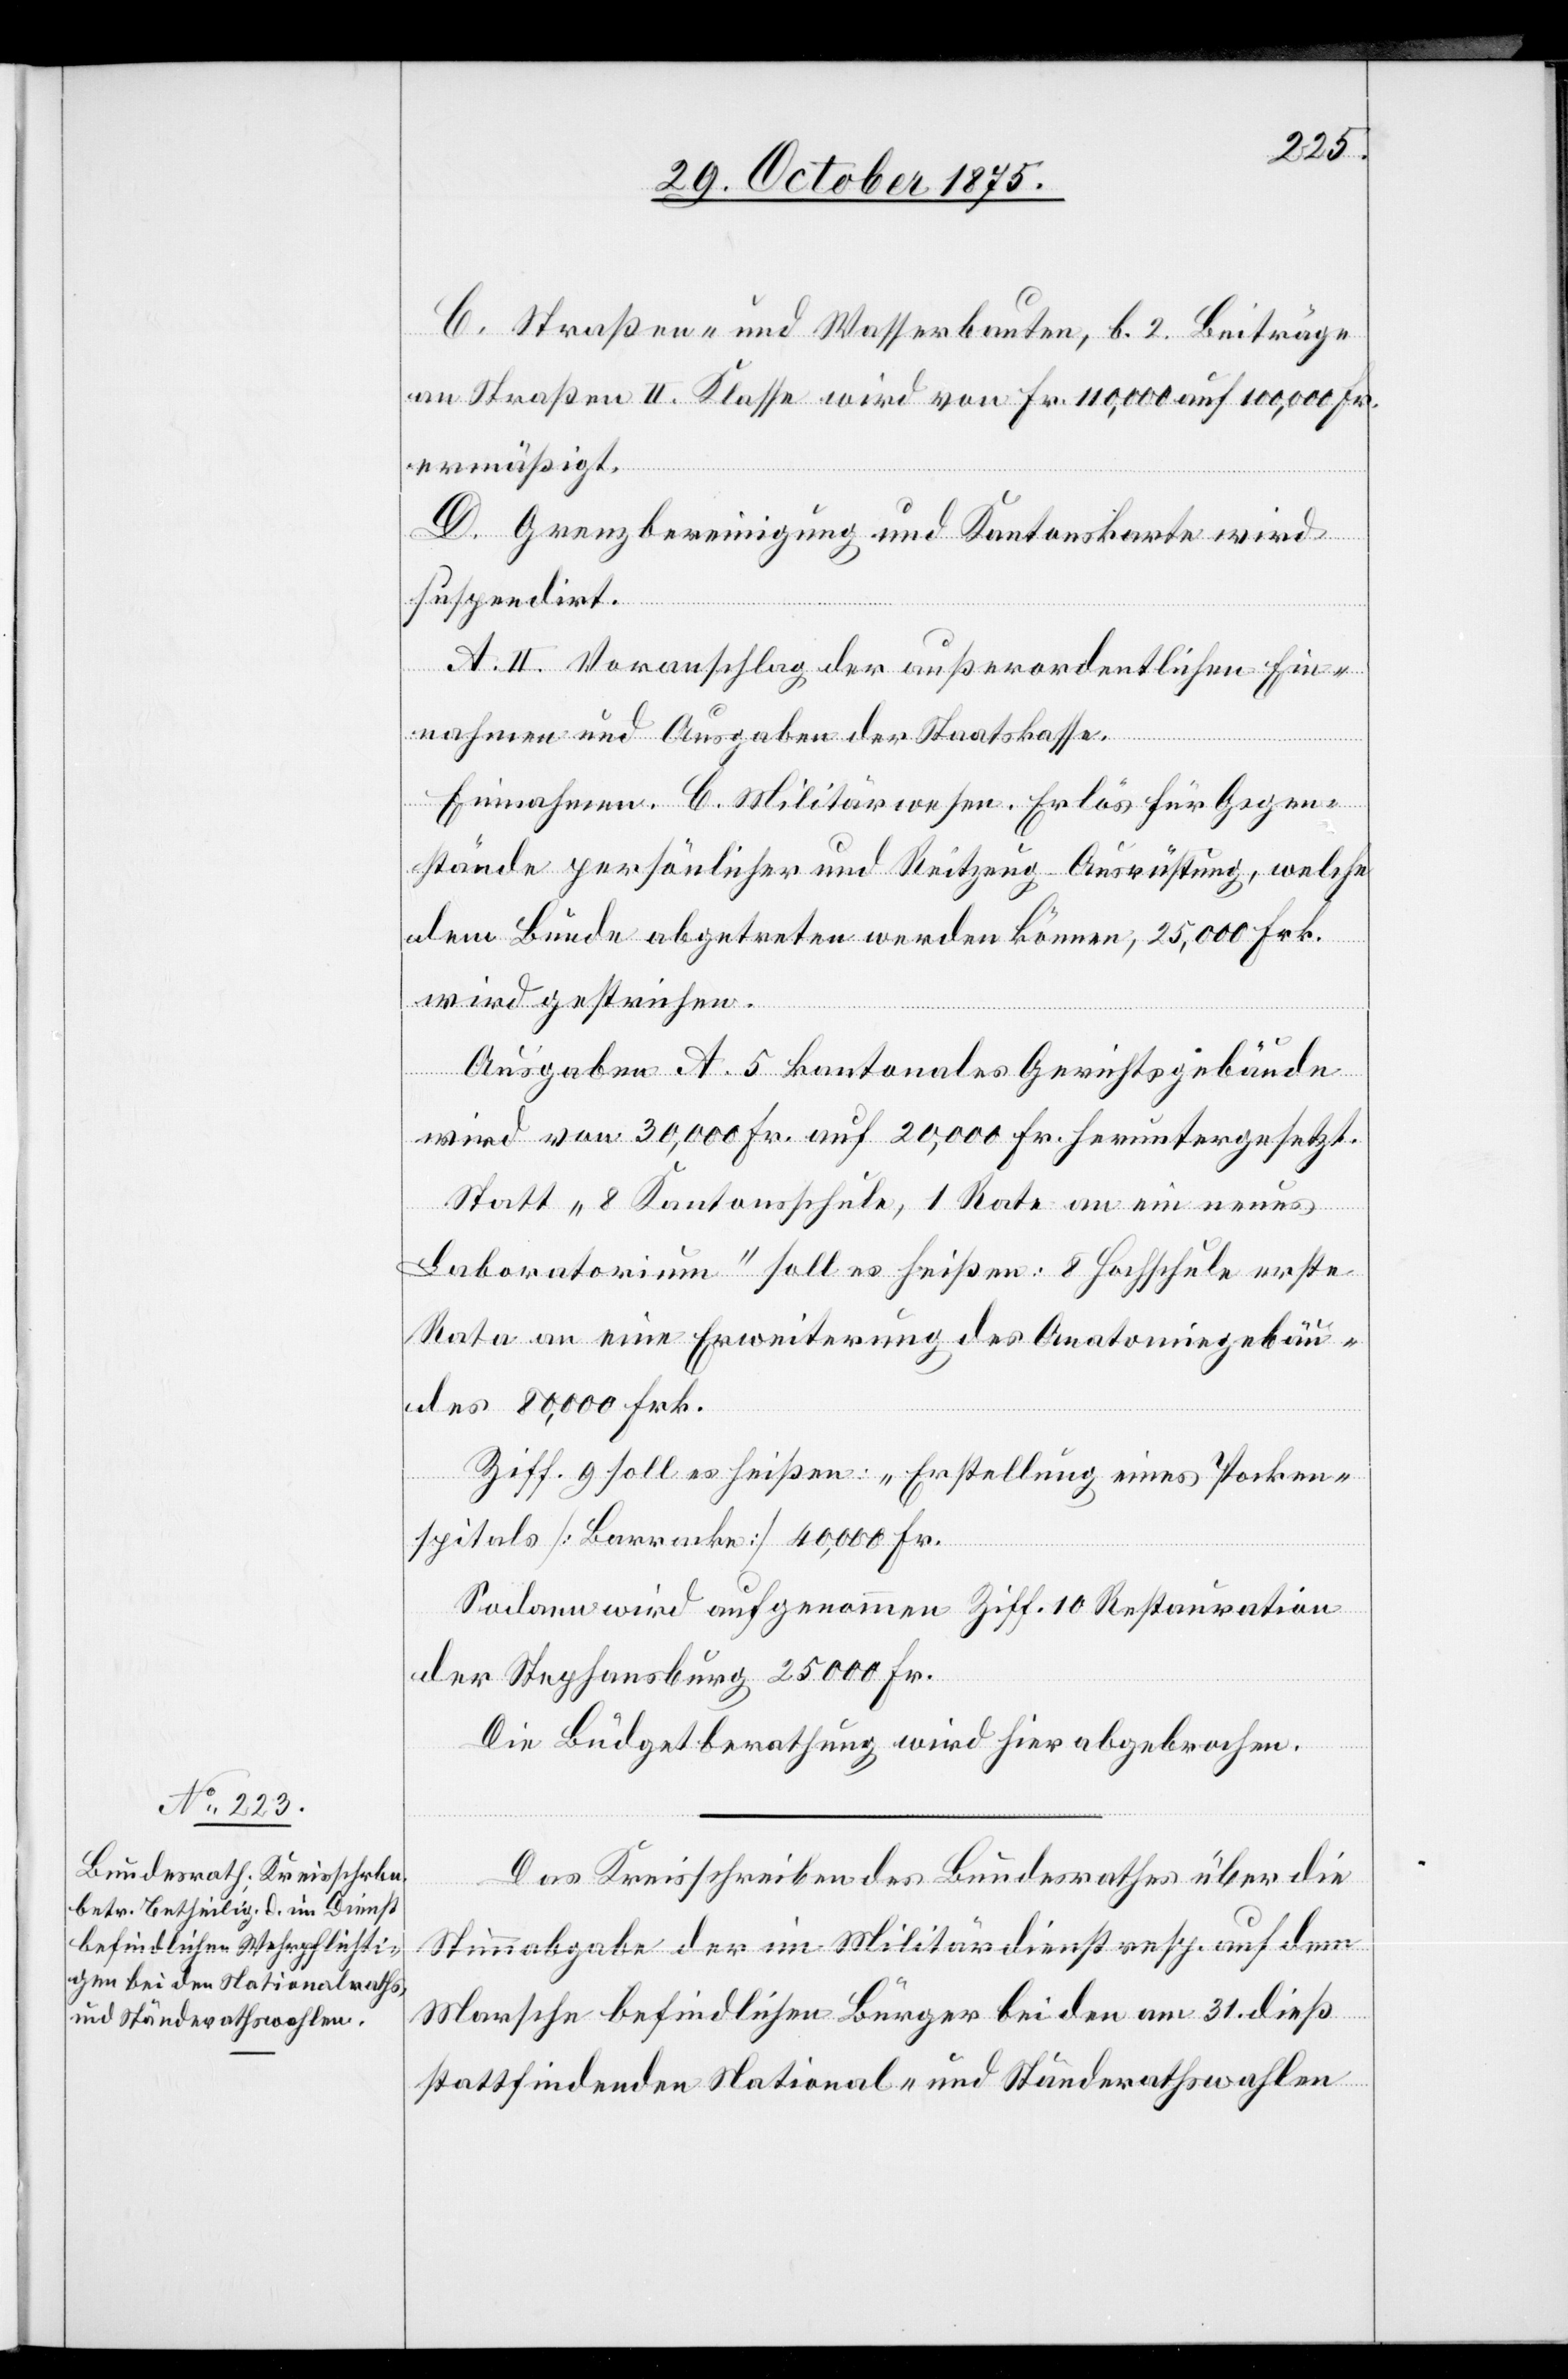
C. Straßen- und Wasserbauten, b. 2. Beiträge
an Straßen II. Klasse wird von Fr. 110,000 auf 100,000 Fr.
ermäßigt.
D. Grenzbereinigung und Kantonskarte wird
suspendirt.
A.II. Voranschlag der außerordentlichen Ein¬
nahmen und Ausgaben der Staatskasse.
Einnahmen. C. Militärwesen. Erlös für Gegen¬
stände persönlicher und Reitzeug-Ausrüstung, welche
dem Bunde abgetreten werden können, 25,000 Frk.
wird gestrichen.
Ausgaben. A. 5. kantonales Gerichtsgebäude
wird von 30,000 Fr. auf 20,000 Fr. heruntergesetzt.
Statt „8 Kantonsschule, 1 Rate an ein neues
Laboratorium“ soll es heißen: 8 Hochschule erste
Rata an eine Erweiterung des Anatomiegebäu¬
des 80,000 Frk.
Ziff. 9 soll es heißen: „Erstellung eines Pocken¬
spitals [Barracke] 40,000 Fr.
Sodann wird aufgenommen Ziff. 10 Restauration
der Stephansburg 25,000 Fr.
Die Büdgetberathung wird hier abgebrochen.
Das Kreisschreiben des Bundesrathes über die
Stimmabgabe der im Militärdienst resp. auf dem
Marsche befindlichen Bürger bei den am 31. dieß
stattfindenden National- und Ständerathswahlen